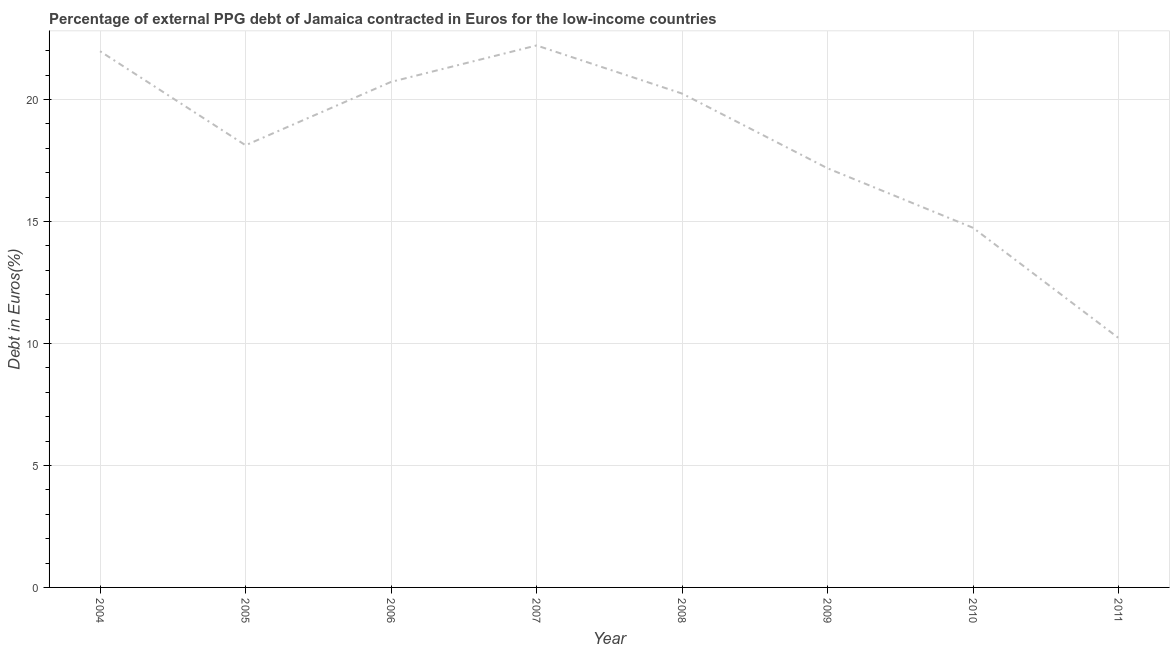
| Year | Currency composition of PPG debt |
 | --- | --- |
 | 2004 | 22 |
 | 2005 | 18.1 |
 | 2006 | 20.7 |
 | 2007 | 22.2 |
 | 2008 | 20.2 |
 | 2009 | 17.2 |
 | 2010 | 14.7 |
 | 2011 | 10.2 |